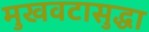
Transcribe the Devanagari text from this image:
मुखवटासुद्धा